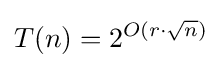
T(n)=2^{O(r\cdot {\sqrt {n}})}